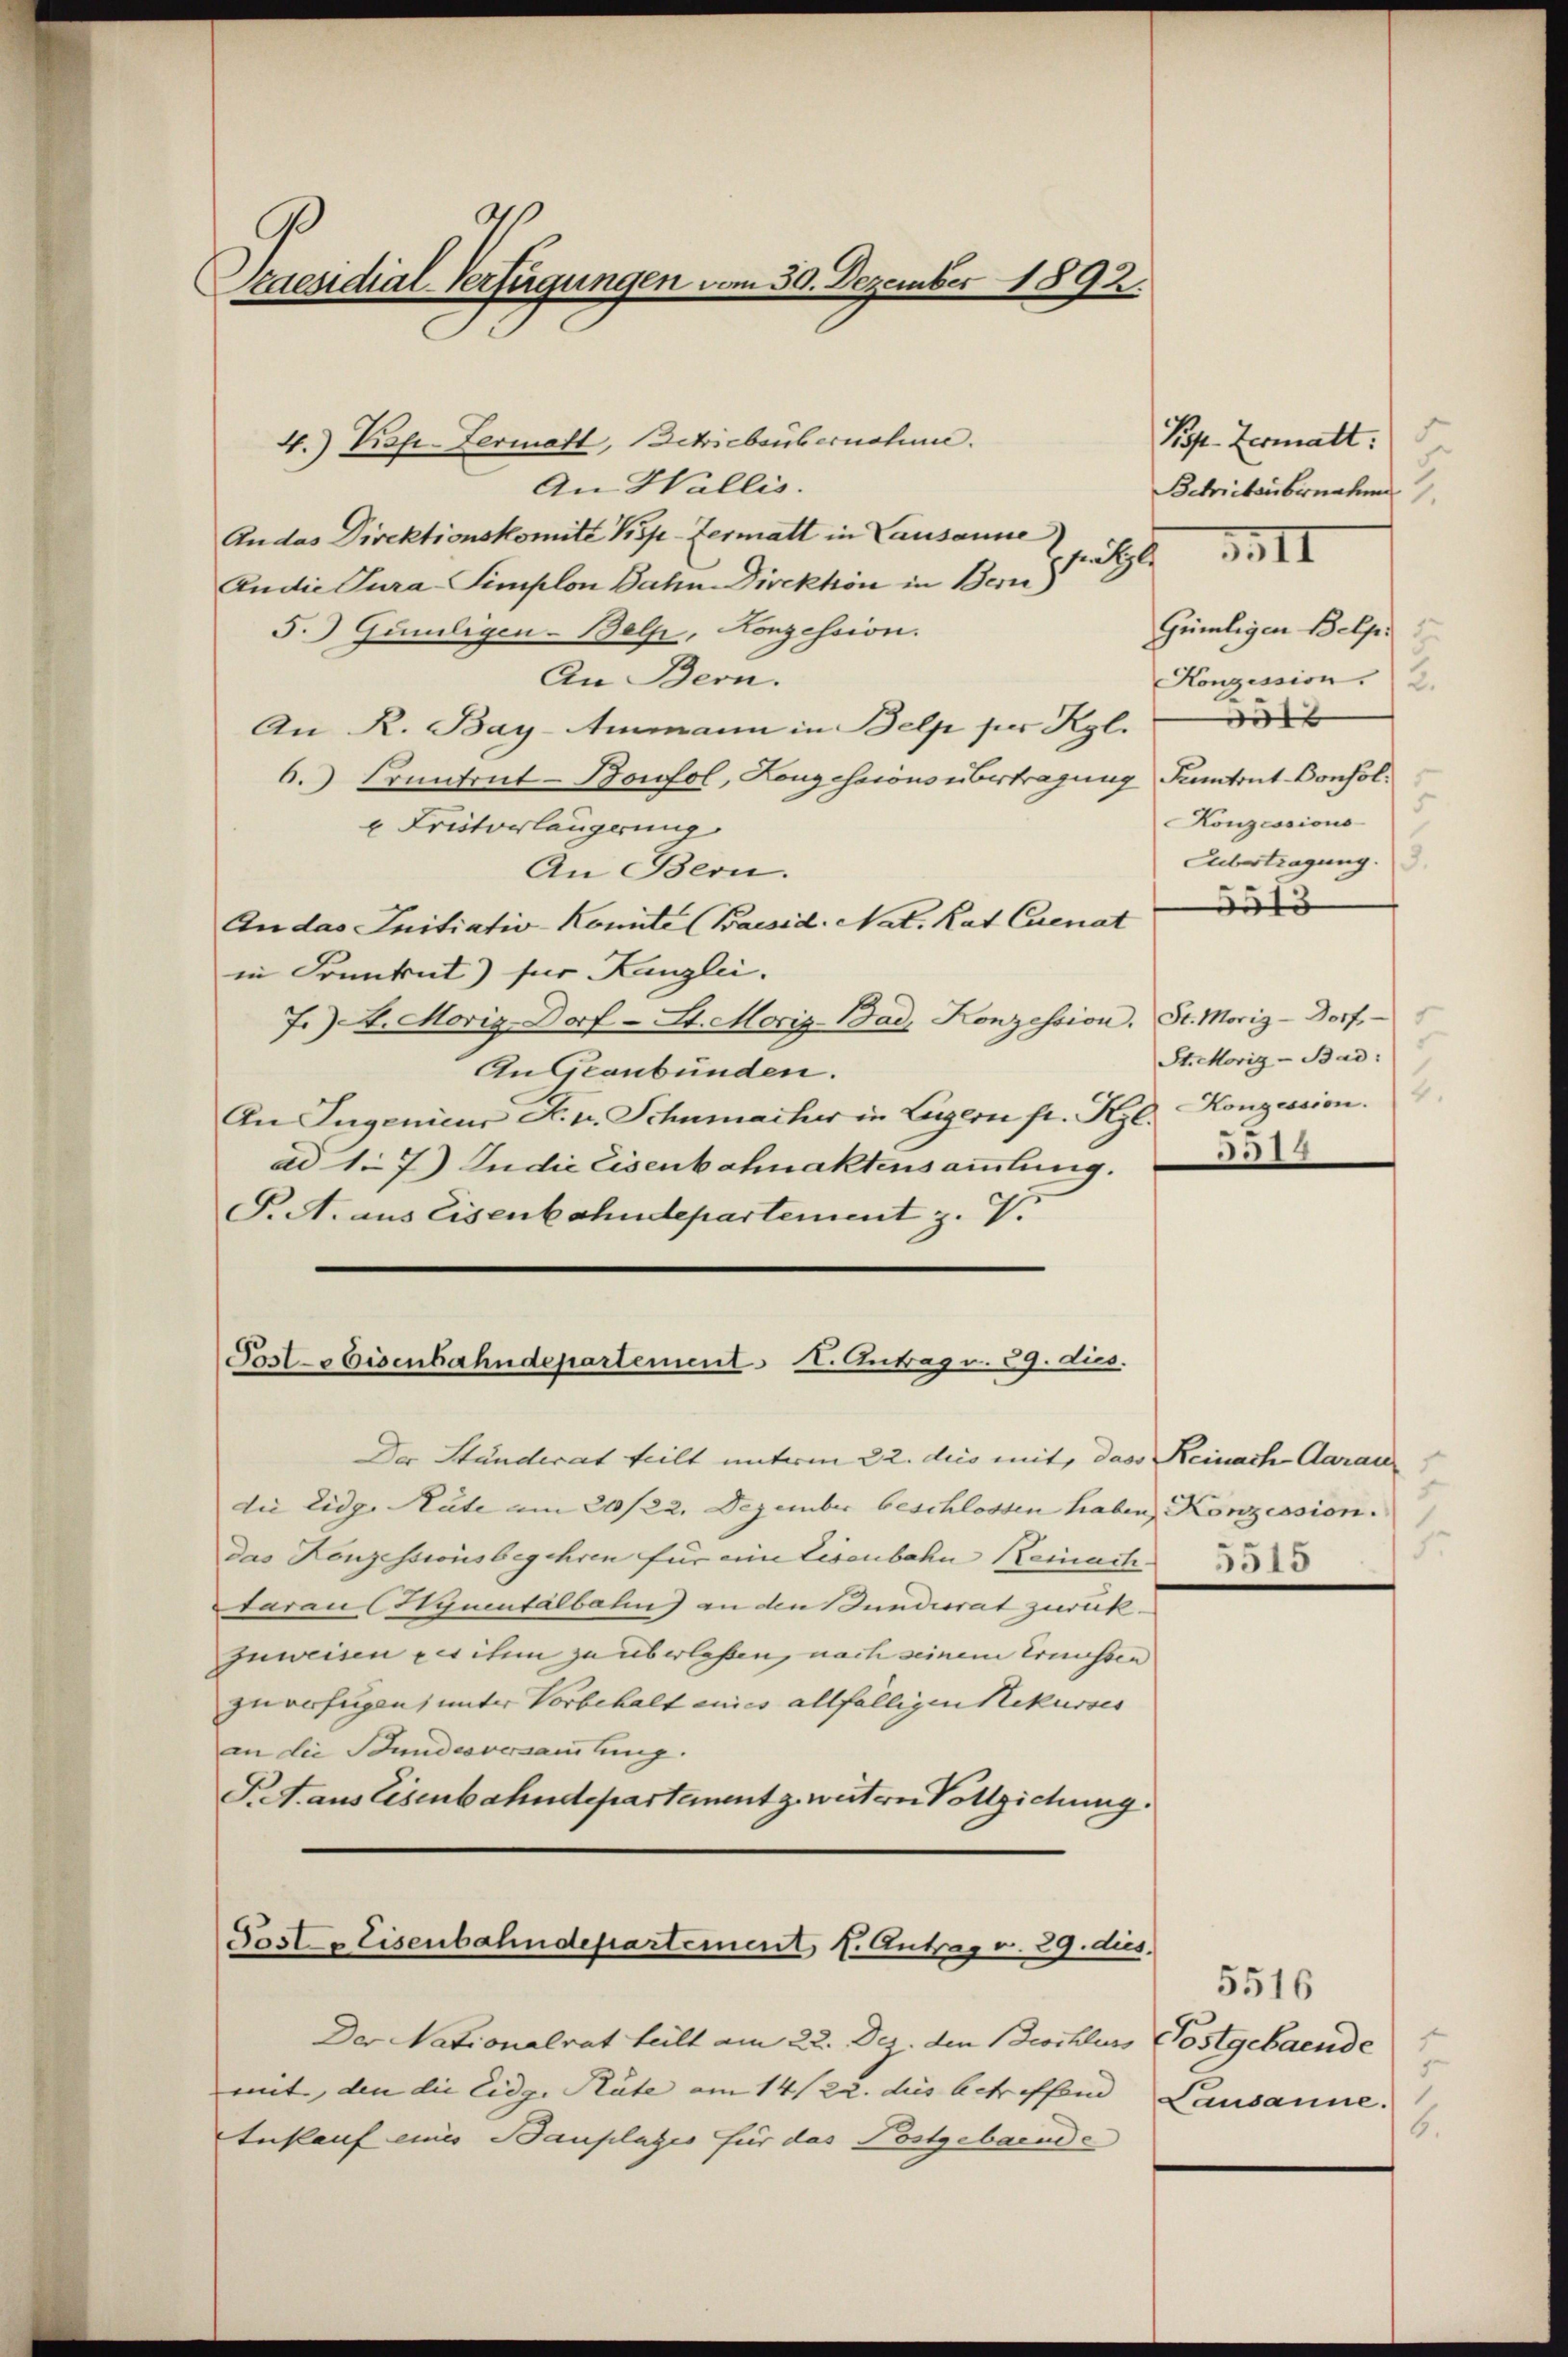
Scaesidial-Verfügungen vom 30. Dezember 1892.

4.) Krop-Lermatt, Betriebsübernohme.
An Wallis.
Audas Direktionskomite Pisp-Zermatt in Lausanne)
An die Jura Simplon Bahn Direktion in Bern
5.) Guniligen-Belp, Konzession.
An Bern.
An R. Bay-Ammann in Belp per Kgl.
6. Frantent-Bonfol, Konzessions übertragung Fantrut Consol¬
 Critorlängerung
Übertragung.
An Bern.
An das Initiativ-Komite (Baesid. Nat. Rat Cuenat di
in Frankent) für Kanzlei.
J. A. Moriz-Dorf - St. Morig-Bad. Konzession. St. Moriz-Dorf
St. Morig - Bad:
An Graubünden.
An Ingenieur F. v. Schumacher in Luzern fr. Kgl. Konzession.
5514
ad1.7) In die Eisenbahnaktensammlung.
S. A. aus Eisenbahndepartement z. V.

Posl-Eisenbahndepartement I. Antrag v. 29. dies.

Der Nationalrat teilt am 22. Dez. den Beschluss
mit, den die Eidg. Räte am 14/22. dies betreffend
Ankauf einer Bauplatzes für das Postgebaeude

H

Der Stunderat teilt unterm 22. dies mit, das Reinach Aarau
die Eidg. Räte am 20/22. Dezember beschlossen haben Konzession.
das Konzessionsbegehren für eine Eisenbahn Keinach
tarau Hynentalbahn an den Bundesrat zurückzuweisen des ihm zu überlassen, nach seinem Ernissen
zu verfügen, unter Vorbehalt eines allfälligen Rekurses
an die Bundesversammlung.
S.T. aus Eisenbahndepartement z. weitern Vollziehung.
Pasler Eisenbahndepartement, s. Antrag v. 29. dies

Kop. Zermatt:
d
.
Schriebsübernahme

III

Gümligen Belp
Konzession. 2.
t
5
Konzessions

J.

5516
ostgebaende
Lausanne.
6.